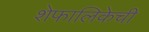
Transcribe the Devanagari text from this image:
शेफालिकेची